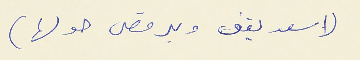
(اسعد يقف ويرقص حولها )